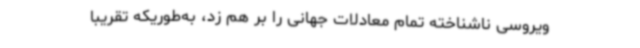
ویروسی ناشناخته تمام معادلات جهانی را بر هم زد، به‌طوریکه‌ تقریبا